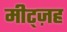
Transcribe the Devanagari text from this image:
मीट्ज़ह